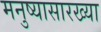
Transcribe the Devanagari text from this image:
मनुष्यासारख्या